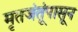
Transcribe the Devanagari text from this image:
मृतजंतूंपासून